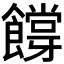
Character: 𬲜